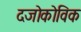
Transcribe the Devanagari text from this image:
दजोकोविक